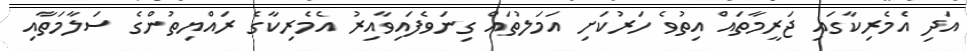
އަދި އެމެރިކާގައި ޖަރީމާތައް އިތުވެ ހަރުކަށި އަމަލުތައް ގިނަވެފައިވާއިރު އެމެރިކާގެ ރައްޔިތުންގެ ސަލާމަތާއި